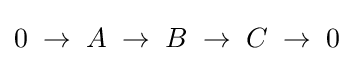
0\;\rightarrow \;A\;\rightarrow \;B\;\rightarrow \;C\;\rightarrow \;0